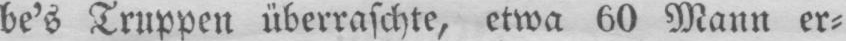
be’s Truppen überraschte, etwa 60 Mann er⸗